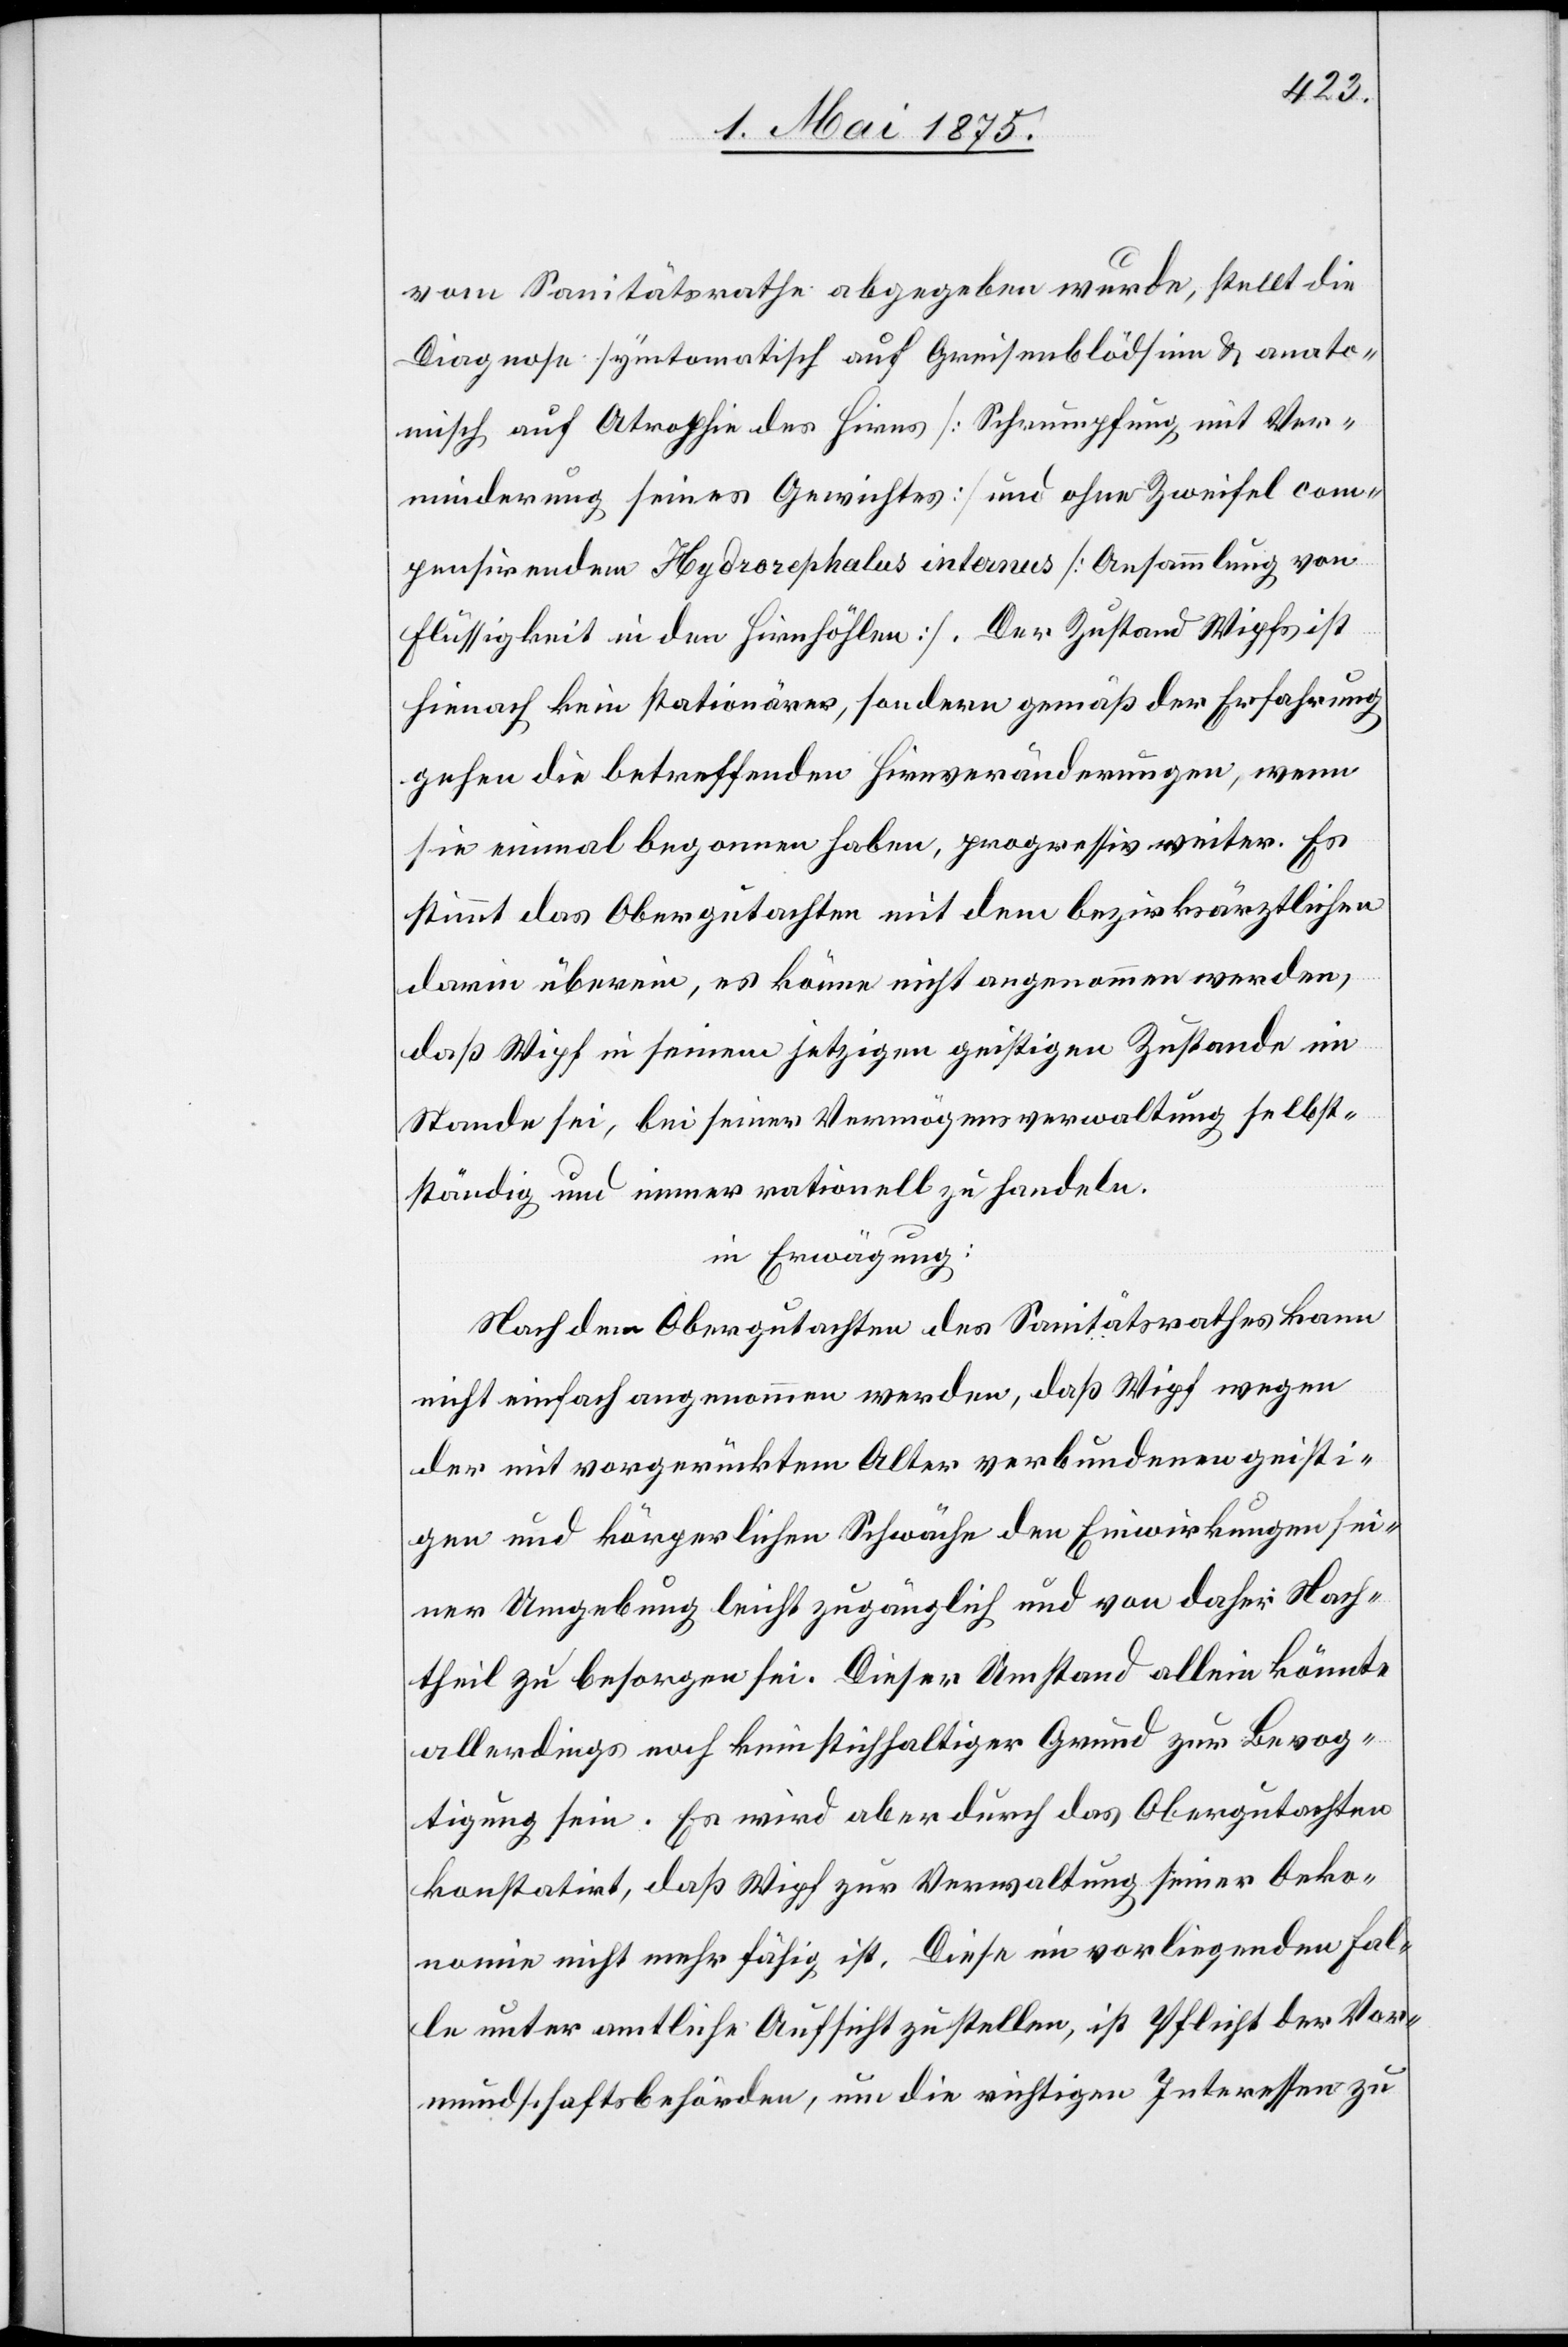
vom Sanitätsrathe abgegeben wurde, stellt die
Diagnose symptomatisch auf Greisenblödsinn & anato¬
misch auf Atrophie des Hirns [Schrumpfung mit Ver¬
minderung seines Gewichtes] und ohne Zweifel com¬
pensirenden Hydrocephalus internus [Ansammlung von
Flüssigkeit in den Hirnhälften]. Der Zustand Wipfs ist
hienach kein stationärer, sondern gemäß der Erfahrung
gehen die betreffenden Hirnveränderungen, wenn
sie einmal begonnen haben, progressiv weiter. Es
stimmt das Obergutachten mit dem bezirksärztlichen
darin überein, es könne nicht angenommen werden,
daß Wipf in seinem jetzigen geistigen Zustande im
Stande sei, bei seiner Vermögensverwaltung selbst¬
ständig und immer rationell zu handeln.
in Erwägung:
Nach dem Obergutachten des Sanitätsrathes kann
nicht einfach angenommen werden, daß Wipf wegen
der mit vorgerücktem Alter verbundenen geisti¬
gen und körperlichen Schwäche der Einwirkungen sei¬
ner Umgebung leicht zugänglich und von daher Nach¬
theil zu besorgen sei. Dieser Umstand allein könnte
allerdings noch kein stichhaltiger Grund zur Bevog¬
tigung sein. Es wird aber durch das Obergutachten
konstatirt, daß Wipf zur Verwaltung seiner Oeko¬
nomie nicht mehr fähig ist. Diese im vorliegenden Fal¬
le unter amtliche Aufsicht zu stellen, ist Pflicht der Vor¬
mundschaftsbehörden, um die richtigen Interessen zu